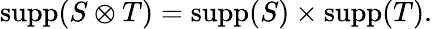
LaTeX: \operatorname{supp}(S\otimes T)=\operatorname{supp}(S)\times\operatorname{supp}(T).